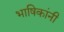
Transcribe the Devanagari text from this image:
भाषिकांनी